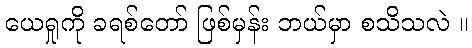
ယေရှုကို ခရစ်တော် ဖြစ်မှန်း ဘယ်မှာ စသိသလဲ ။